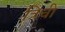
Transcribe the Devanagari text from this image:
त्रिची